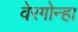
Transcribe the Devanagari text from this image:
वेरगोन्हा